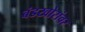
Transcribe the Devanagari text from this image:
बंडखोरांवर